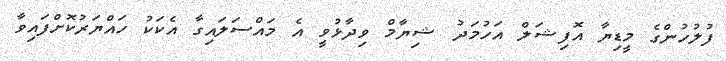
ފުލުހުންގެ މީޑިޔާ އޮފިޝަލް އަހުމަދު ޝިޔާމް ވިދާޅުވީ އެ މައްސަލައިގާ އެކަކު ހައްޔަރުކޮށްފައިވާ